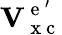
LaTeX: \mathbf{V}_{\mathrm{~x~c~}}^{\mathrm{~e~}^{\prime}}